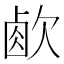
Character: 𣣧